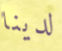
لدينا